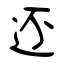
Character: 还